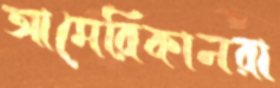
আমেরিকানরা